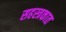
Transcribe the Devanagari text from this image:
सहस्त्रकात